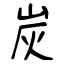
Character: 炭